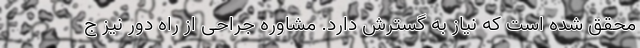
محقق شده است که نیاز به گسترش دارد. مشاوره جراحی از راه دور نیز ج